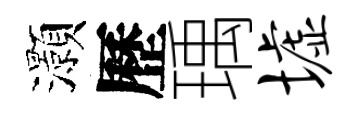
灝歷瑀墟